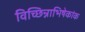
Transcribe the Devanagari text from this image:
विच्छिन्नाभिषेकांक